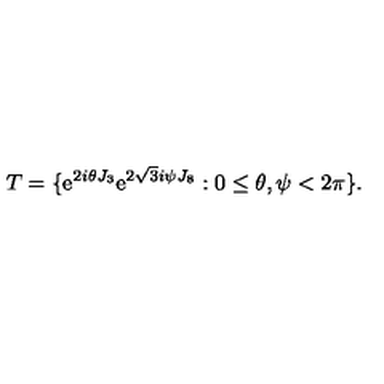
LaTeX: T = \{ \mathrm { e } ^ { 2 i \theta J _ { 3 } } \mathrm { e } ^ { 2 \sqrt { 3 } i \psi J _ { 8 } } : 0 \leq \theta , \psi < 2 \pi \} .